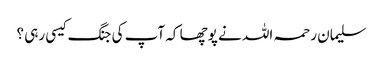
سلیمان رحمہ اللہ نے پوچھا کہ آپ کی جنگ کیسی رہی ؟